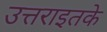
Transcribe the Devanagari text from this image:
उत्तराइतके